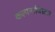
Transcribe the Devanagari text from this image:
कल्पनाविस्तार